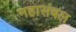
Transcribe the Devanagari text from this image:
महासंबल